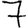
Digit: 7